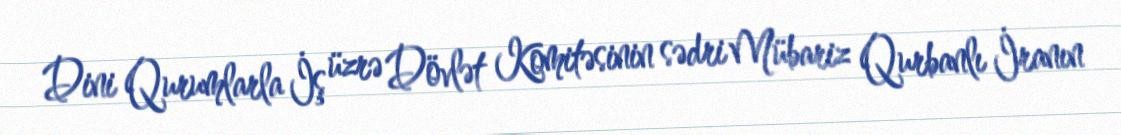
Dini Qurumlarla İş üzrə Dövlət Komitəsinin sədri Mübariz Qurbanlı İranın